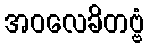
အဝလေခိတဗ္ဗံ